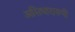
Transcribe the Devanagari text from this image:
असिधारारुपी